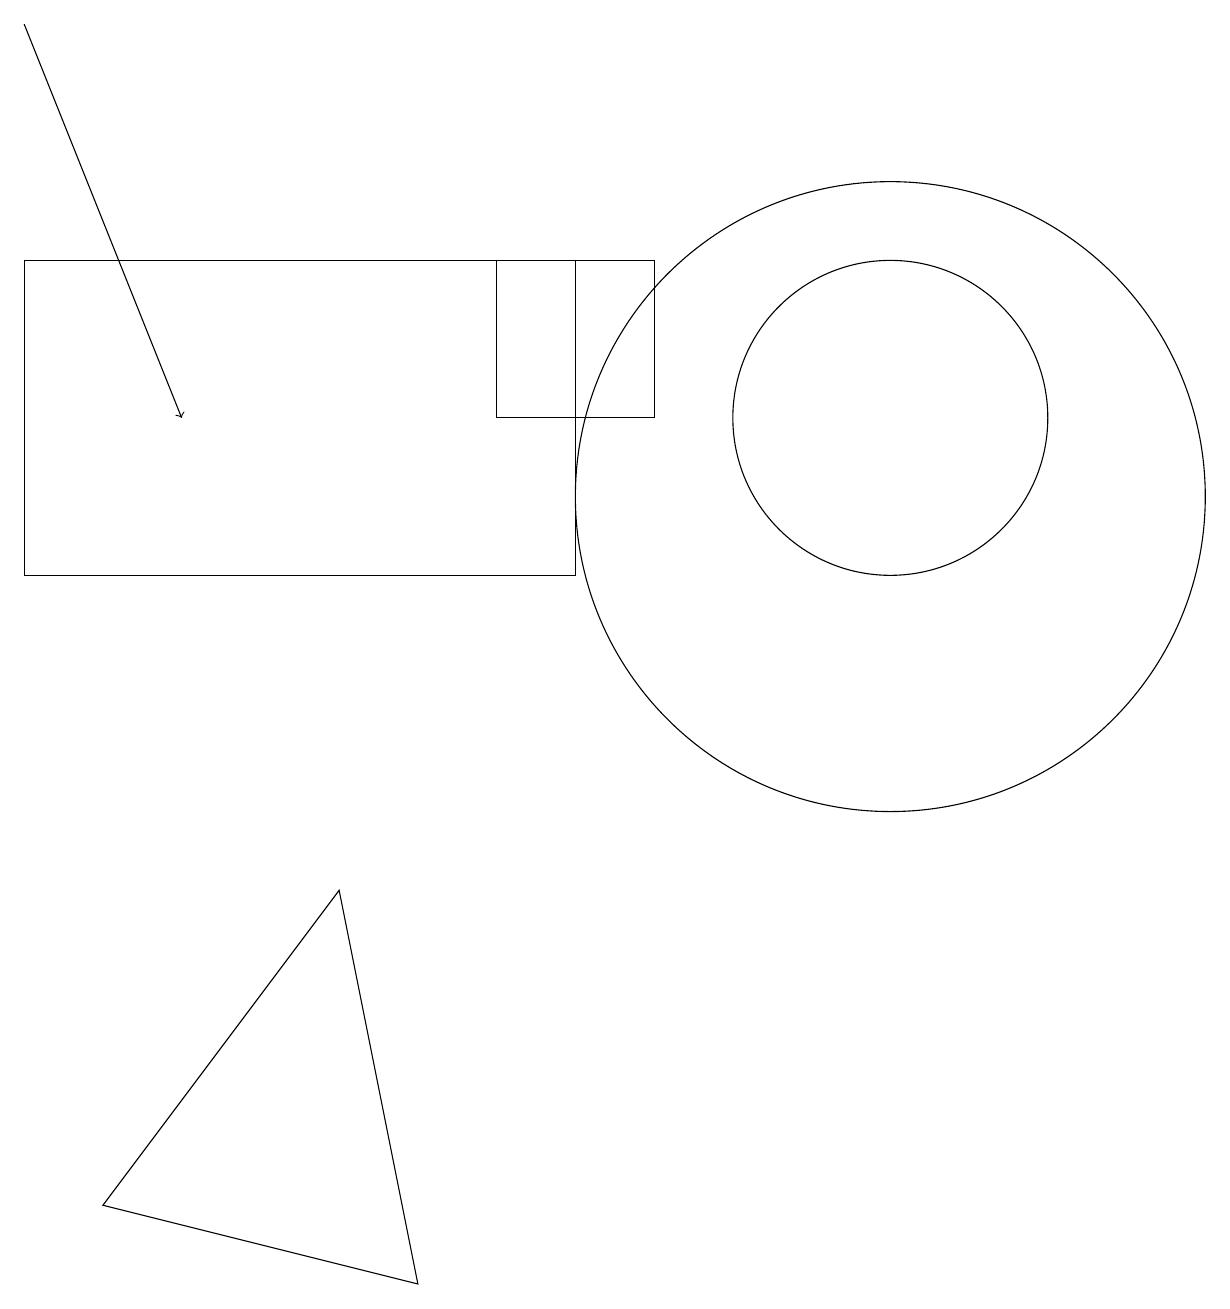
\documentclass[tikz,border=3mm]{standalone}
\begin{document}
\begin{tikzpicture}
\draw[->] (0,17) -- (2,12);
\draw (6,14) rectangle (8,12);
\draw (11,11) circle (4);
\draw (11,12) circle (2);
\draw (0,10) rectangle (7,14);
\draw (4,6) -- (5,1) -- (1,2) -- cycle;
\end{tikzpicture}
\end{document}